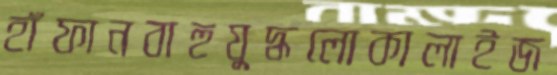
হাঁফানবাহুযুদ্ধলোকালাইজ